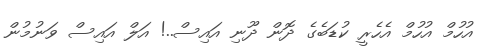
އުހުމް އުހުމް އެހެރީ ކުޑަބެގެ ދޮން ދޫނި އައިސް..! އަލް އައިސް ވަނުމުން